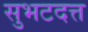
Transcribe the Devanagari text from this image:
सुभटदत्त